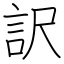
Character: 訳